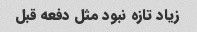
زیاد تازه نبود مثل دفعه قبل